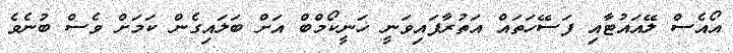
އޯއެސް ލޭއައުޓާއި ފަސޭހަތައް އަތުރާފައިވަނީ ހަނީކޯމްބް އަށް ބަލައިގެން ކަމަށް ވެސް ބުނެވެ